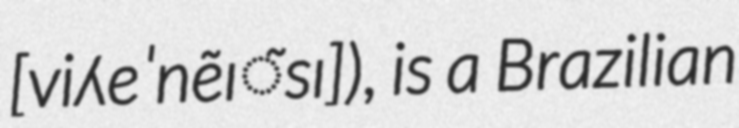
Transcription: [viʎeˈnẽɪ̃sɪ]), is a Brazilian